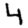
Digit: 4